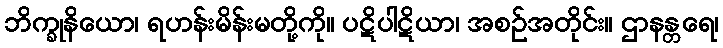
ဘိက္ခုနိယော၊ ရဟန်းမိန်းမတို့ကို။ ပဋိပါဋိယာ၊ အစဉ်အတိုင်း။ ဌာနန္တရေ၊